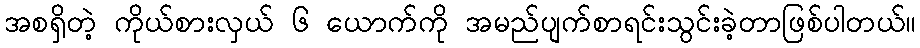
အစရှိတဲ့ ကိုယ်စားလှယ် ၆ ယောက်ကို အမည်ပျက်စာရင်းသွင်းခဲ့တာဖြစ်ပါတယ်။